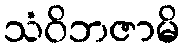
သံဝိဘဇာမိ